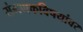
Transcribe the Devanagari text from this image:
संगणकविषयांवर